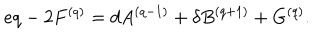
e q - 2 F ^ { ( q ) } = d A ^ { ( q - 1 ) } + \delta B ^ { ( q + 1 ) } + G ^ { ( q ) } .